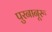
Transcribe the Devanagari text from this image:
पुरनानूरू